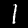
Label: 1